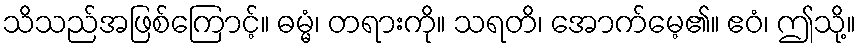
သိသည်အဖြစ်ကြောင့်။ ဓမ္မံ၊ တရားကို။ သရတိ၊ အောက်မေ့၏။ ဧဝံ၊ ဤသို့။